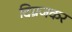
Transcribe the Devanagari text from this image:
दिग्रजकर